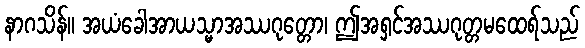
နာဂသိန်။ အယံခေါအာယသ္မာအဿဂုတ္တော၊ ဤအရှင်အဿဂုတ္တမထေရ်သည်